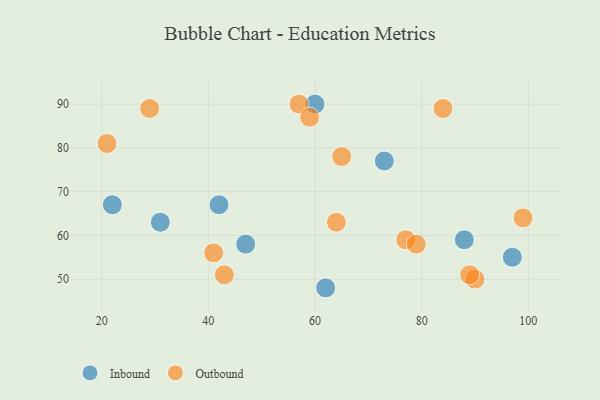
{"axis": {"x": "GDP", "y": "Life Expectancy"}, "legend": ["Inbound", "Outbound"], "data": [{"x": "60", "y": 90, "type": "Inbound"}, {"x": "97", "y": 55, "type": "Inbound"}, {"x": "22", "y": 67, "type": "Inbound"}, {"x": "47", "y": 58, "type": "Inbound"}, {"x": "73", "y": 77, "type": "Inbound"}, {"x": "62", "y": 48, "type": "Inbound"}, {"x": "31", "y": 63, "type": "Inbound"}, {"x": "42", "y": 67, "type": "Inbound"}, {"x": "88", "y": 59, "type": "Inbound"}, {"x": "21", "y": 81, "type": "Outbound"}, {"x": "65", "y": 78, "type": "Outbound"}, {"x": "43", "y": 51, "type": "Outbound"}, {"x": "57", "y": 90, "type": "Outbound"}, {"x": "59", "y": 87, "type": "Outbound"}, {"x": "77", "y": 59, "type": "Outbound"}, {"x": "79", "y": 58, "type": "Outbound"}, {"x": "64", "y": 63, "type": "Outbound"}, {"x": "99", "y": 64, "type": "Outbound"}, {"x": "84", "y": 89, "type": "Outbound"}, {"x": "29", "y": 89, "type": "Outbound"}, {"x": "41", "y": 56, "type": "Outbound"}, {"x": "90", "y": 50, "type": "Outbound"}, {"x": "89", "y": 51, "type": "Outbound"}]}